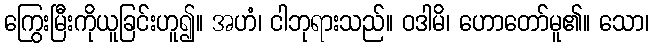
ကြွေးမြီးကိုယူခြင်းဟူ၍။ အဟံ၊ ငါဘုရားသည်။ ဝဒါမိ၊ ဟောတော်မူ၏။ သော၊